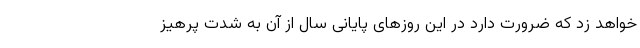
خواهد زد که ضرورت دارد در این روز‌های پایانی سال از آن به شدت پرهیز